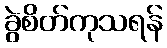
ခွဲစိတ်ကုသရန်